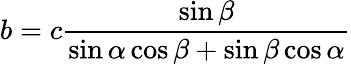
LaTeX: b=c{\frac{\sin\beta}{\sin\alpha\cos\beta+\sin\beta\cos\alpha}}